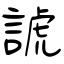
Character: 諕